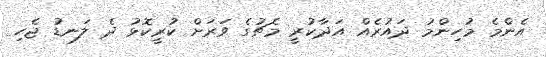
އެންމެ މުހިންމު ދައުރެއް އަދާކުރީ މެޗުގެ ވަރަށް ކުރީކޮޅު ދެ ލަނޑު ޖެހި